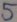
Text: 5